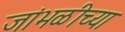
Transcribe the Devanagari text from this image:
जांभळीच्या